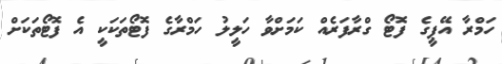
ހަމްރާ އޭޕީގެ ފޮޓޯ ގްރާފަރެއް ކަމަށްވާ ހަލީލު ހަމްރާގެ ފޮޓޯތަކަކީ އެ ފޮޓޯތަކަށް